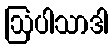
ဩပါသာဒါ